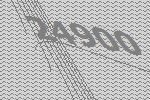
24900